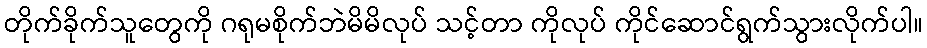
တိုက်ခိုက်သူတွေကို ဂရုမစိုက်ဘဲမိမိလုပ် သင့်တာ ကိုလုပ် ကိုင်ဆောင်ရွက်သွားလိုက်ပါ။